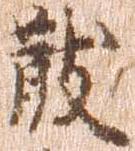
散